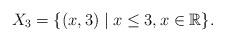
LaTeX: \begin{align*}X_3=\{(x,3) \mid x \leq 3, x \in \mathbb{R}\}.\end{align*}